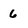
Character: 6